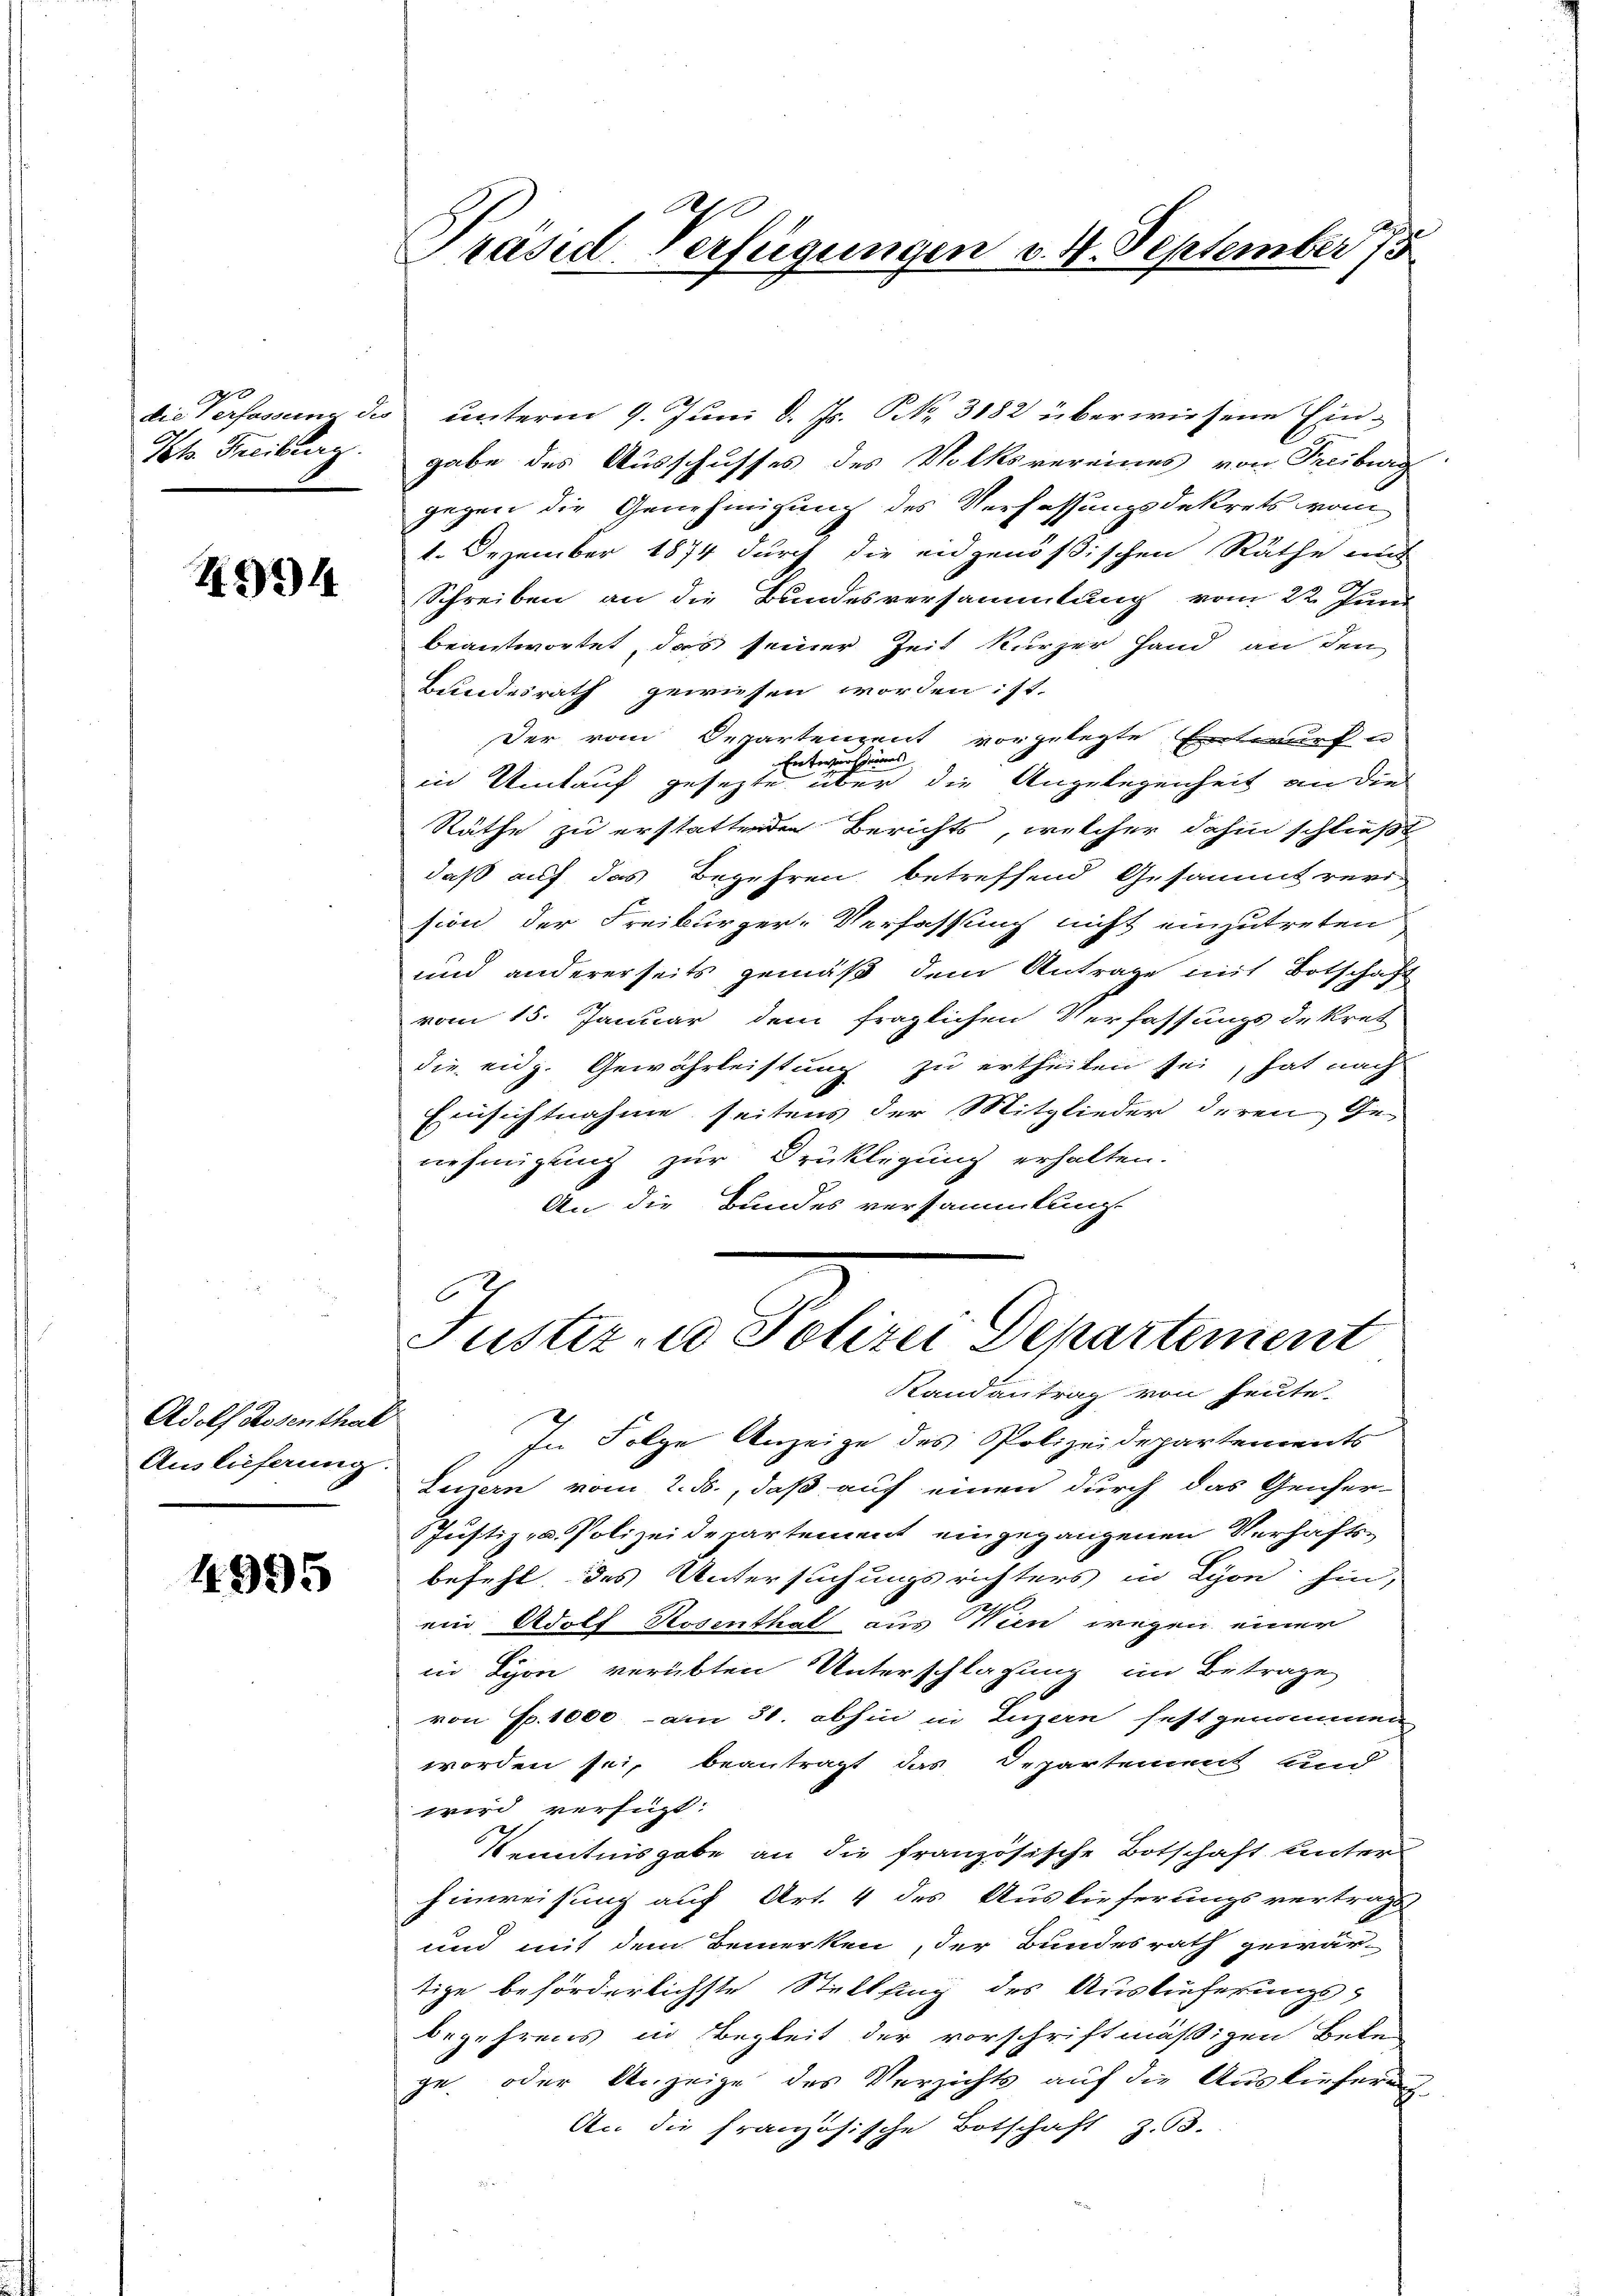
30
Kt. Freiburg.

4994

Adolf Rosenthal
Auslieferung.

4995

die Verfassung des unterm 9. Juni d. Js. NNo. 3182 überwiesene Eingabe des Ausschusses des Volksvereines von Freiburg
gegen die Genehmigung des Verfassungsdekrets vom
1. Dezember 1874 durch die eidgenößischen Räthe und
Schreiben an die Bundesversammlung vom 22. Juni
beantwortet, das seiner Zeit kurzer Hand an den
Bundesrath gewiesen worden ist.
Der vom Departenzeit vorgelegte Entwurf un
Entwurf seines
in Umtauf gesezte über die Angelegenheit an die
Räthe zu erstattenden Berichts, welcher dahin schließt
daß auf das Begehren betreffend Gesammt revi-
sion der Freiburger-Verfassung nicht einzutreten
und andererseits gemäß dem Antrage mit Botschaft
vom 15. Januar dem fraglichen Verfassungsdekret
die eidg. Gewährleistung zu ertheilen sei, hat nach
Einsichtnahme seitens der Mitglieder deren Genehmigung zur Drückligung erhalten.
An die Bundes versammlung

Präsid Verfügungen v. 4. September 175

C
Justiz- u Polizei Departement
Randantrag von heute.

In Folge Anzeige des Polizeidepartements
Luzern vom 2. ds., daß auf einen durch das Geicher-
Justiz- u. Polizeidepartement eingegangenen Verhaftsbefehl des Untersuchungsrichters in Lyon hin,
ein Adolf Rosenthal aus Wien wegen einer
in Lyon verübten Unterschlagung im Betrage
von Fr. 1000 - am 31. abhin in Luzern festgenommen
worden sei, beantragt das Departement unnd
wird verfügt:
Kenntnisgabe an die französische Botschaft unter
hinweisung auf Art. 4 des Auslieferungsvertrags
und mit dem Bemerken, der Bundesrath gewär-
tige beförderlichste Stellfing des Auslieferungs-
begehrens in Begleit der vorschriftmäßigen Bele
ge oder Anzeige des Verzichts auf die Auslieferung
An die französische Botschaft z. 63.